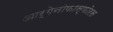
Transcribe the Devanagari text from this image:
आर्गेनोफास्फोरस